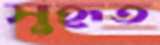
সুহৃত